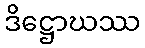
ဒိဋ္ဌောဃဿ